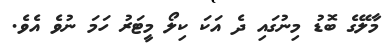
މާލޭގެ ބޮޑު މިނުގައި ދެ އަކަ ކިލޯ މީޓަރު ހަމަ ނުވެ އެވެ.